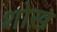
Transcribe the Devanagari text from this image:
शोख़